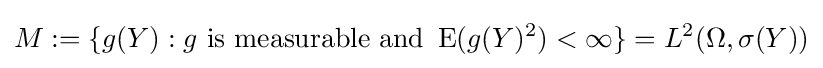
M:=\{g(Y):g{\text{ is measurable and }}\operatorname {E} (g(Y)^{2})<\infty \}=L^{2}(\Omega ,\sigma (Y))